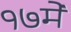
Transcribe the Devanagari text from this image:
१७मे